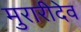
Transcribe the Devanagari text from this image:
मुरारीदेव